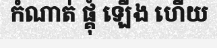
កំណាត់ ផ្គុំ ឡើង ហើយ